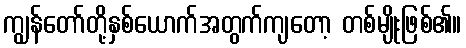
ကျွန်တော်တို့နှစ်ယောက်အတွက်ကျတော့ တစ်မျိုးဖြစ်၏။